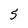
Character: 5